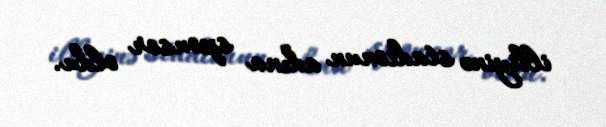
illiyinə stadionun adına sponsor oldu.